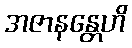
အဇာနန္တေဟိ